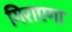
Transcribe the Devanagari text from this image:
गिराएगा